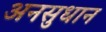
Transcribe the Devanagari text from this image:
अनसुधान